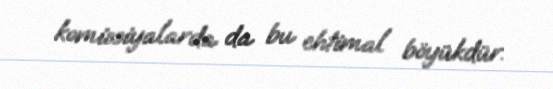
komissiyalarda da bu ehtimal böyükdür.